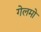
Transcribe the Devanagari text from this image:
गेलमो